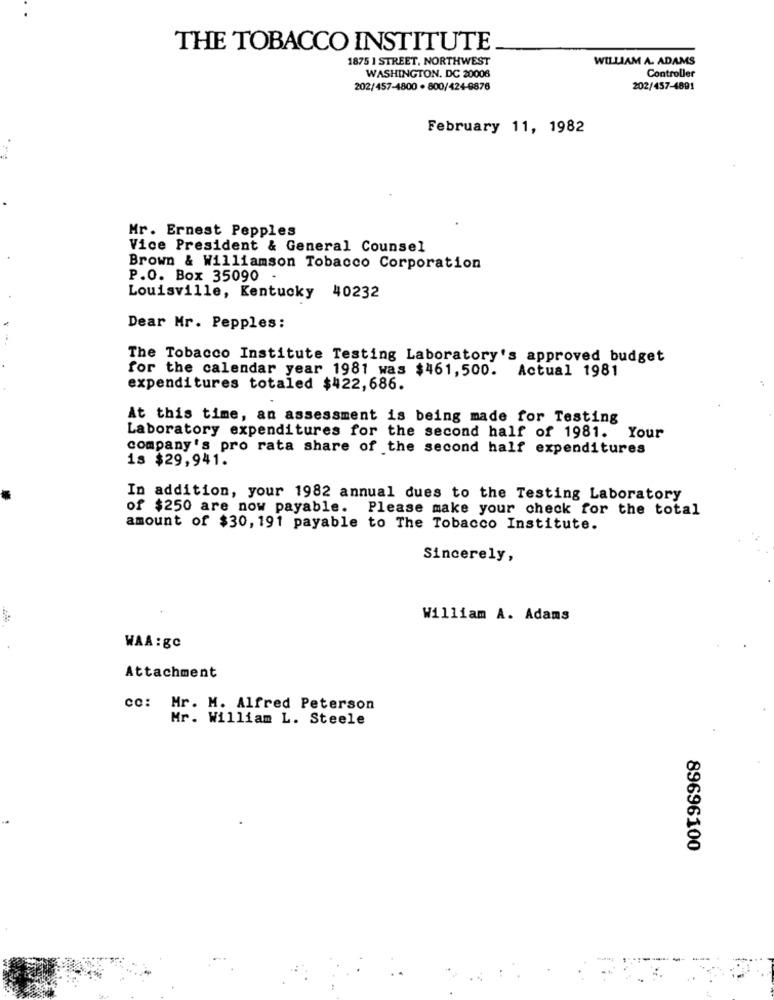
THE TOBACCO INSTITUTE
1875 1 STREET, NORTHWEST
WILLIAM A. ADAMS
WASHINGTON, DC 20006
Controller
202/457-4800 · 800/424-6876
202/457-4891
February 11, 1982
Mr. Ernest Pepples
Vice President & General Counsel
Brown & Williamson Tobacco Corporation
P.O. Box 35090
Louisville, Kentucky 40232
Dear Mr. Pepples:
The Tobacco Institute Testing Laboratory's approved budget
for the calendar year 1981 was $461,500. Actual 1981
expenditures totaled $422,686.
At this time, an assessment is being made for Testing
Laboratory expenditures for the second half of 1981. Your
company's pro rata share of the second half expenditures
is $29,941.
In addition, your 1982 annual dues to the Testing Laboratory
of $250 are now payable.
Please make your check for the total
amount of $30, 191 payable to The Tobacco Institute.
Sincerely,
William A. Adams
WAA : gC
Attachment
co: Mr. M. Alfred Peterson
Mr. William L. Steele
89696100